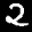
Label: 2